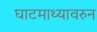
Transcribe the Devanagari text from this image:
घाटमाथ्यावरुन